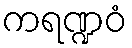
ကရဏ္ဍဝံ